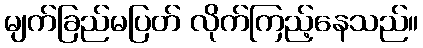
မျက်ခြည်မပြတ် လိုက်ကြည့်နေသည်။